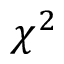
\chi ^ { 2 }